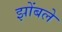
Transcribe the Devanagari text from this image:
झोंबले